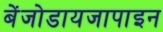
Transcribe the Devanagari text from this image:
बेंजोडायजापाइन